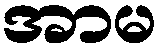
အာမ